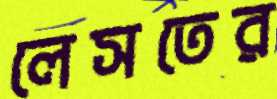
লেসতের